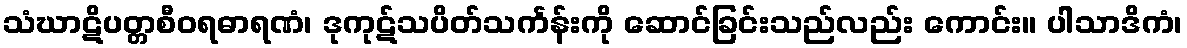
သံဃာဋိပတ္တစီဝရဓာရဏံ၊ ဒုကုဋ်သပိတ်သင်္ကန်းကို ဆောင်ခြင်းသည်လည်း ကောင်း။ ပါသာဒိကံ၊